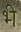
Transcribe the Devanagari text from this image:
भ्‍ी